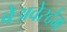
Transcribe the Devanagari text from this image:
बेअवेर्स्दम